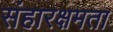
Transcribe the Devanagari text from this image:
संहारक्षमता